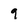
Character: 9